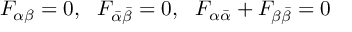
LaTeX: F _ { \alpha \beta } = 0 , \ \ F _ { \bar { \alpha } \bar { \beta } } = 0 , \ \ F _ { \alpha \bar { \alpha } } + F _ { \beta \bar { \beta } } = 0